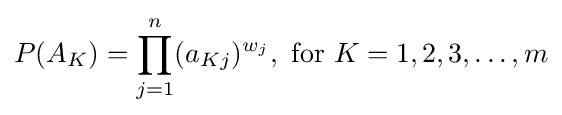
P(A_{K})=\prod _{j=1}^{n}(a_{Kj})^{w_{j}},{\text{ for }}K=1,2,3,\dots ,m